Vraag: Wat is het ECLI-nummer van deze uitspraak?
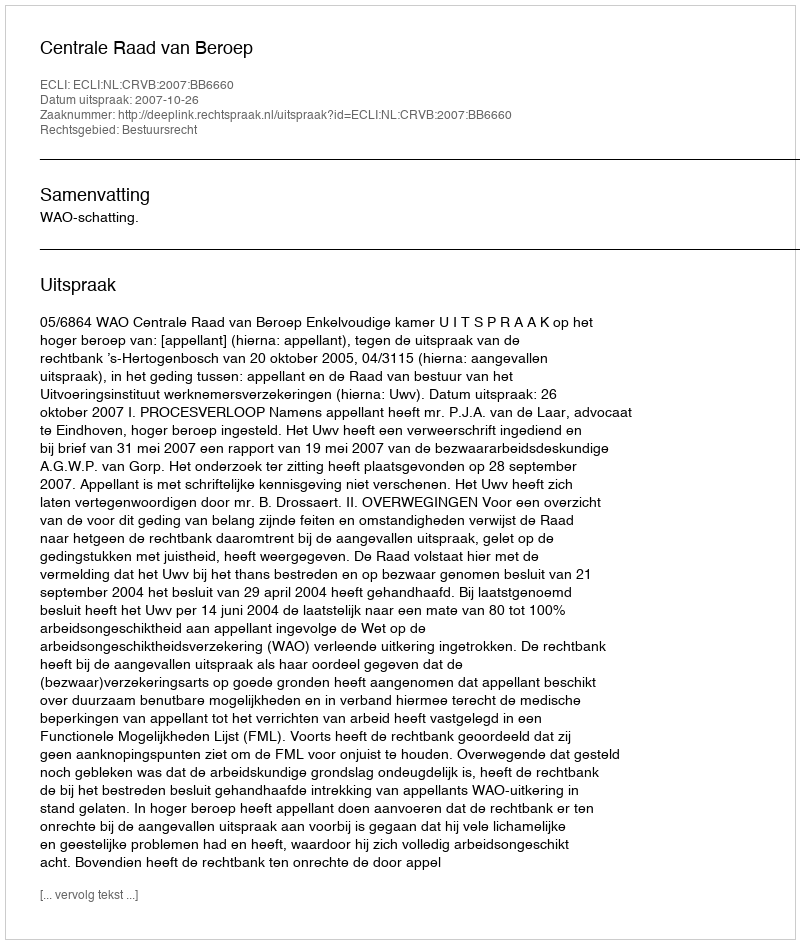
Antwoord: ECLI:NL:CRVB:2007:BB6660